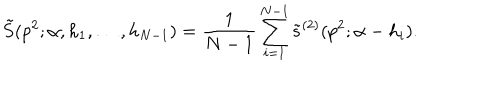
\tilde { S } ( p ^ { 2 } ; \alpha , h _ { 1 } , \ldots , h _ { N - 1 } ) = { \frac { 1 } { N - 1 } } \sum _ { i = 1 } ^ { N - 1 } \tilde { s } ^ { ( 2 ) } ( p ^ { 2 } ; \alpha - h _ { i } ) .